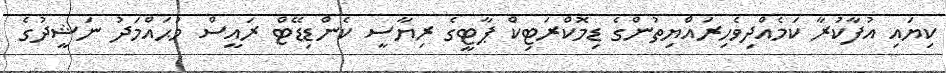
ކިޔައި އުފާކުރާ ކަމެއްދިވެހިރައްޔިތުންގެ ޑިމޮކްރަޓިކް ޕާޓީގެ ރިޔާސީ ކެންޑިޑޭޓް ރައީސް މުޙައްމަދު ނަޝީދުގެ